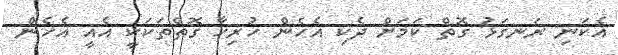
އެކަނި ރަނގަޅު ގޮތް ކަމަށް ދެކި އެހެން ހުރިހާ ގޮތްތަކަކީ އެއީ އެހެން